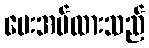
ပေးအပ်ထားသည်